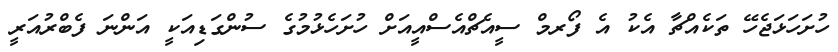
ހުށަހަޅަޖެހޭ ތަކެއްޗާ އެކު އެ ފޯރމް ސީއެޗްއެސްއީއަށް ހުށަހެޅުމުގެ ސުންގަޑިއަކީ އަންނަ ފެބްރުއަރީ